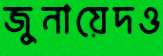
জুনায়েদও